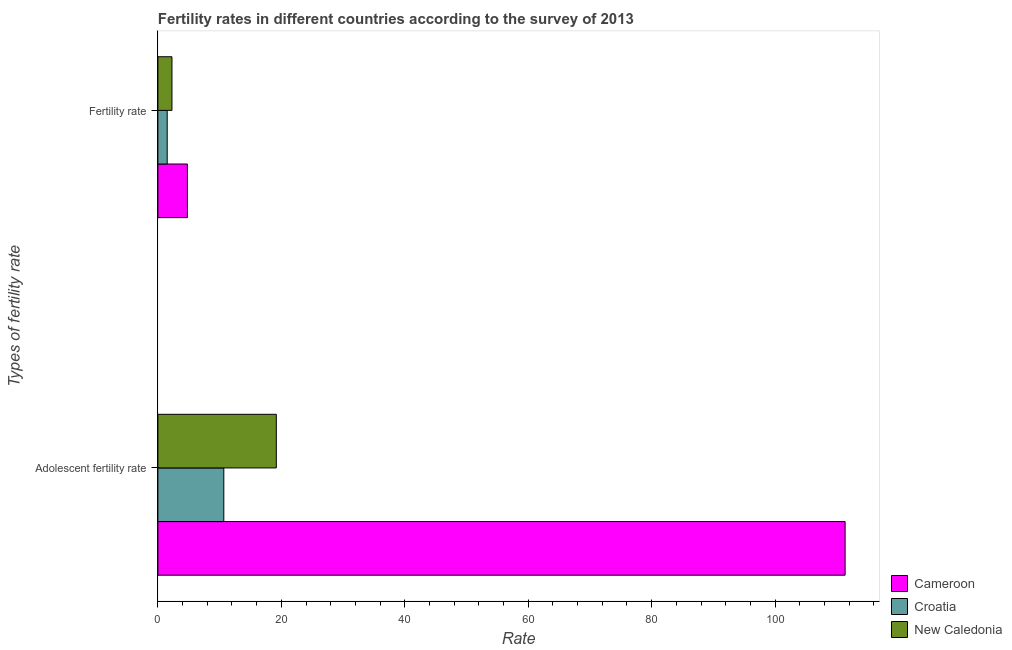
| Types of fertility rate | Cameroon | Croatia | New Caledonia |
 | --- | --- | --- | --- |
 | Adolescent fertility rate | 111 | 10.7 | 19.2 |
 | Fertility rate | 4.78 | 1.51 | 2.28 |